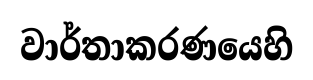
වාර්තාකරණයෙහි